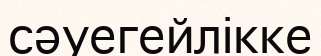
сәуегейлікке